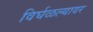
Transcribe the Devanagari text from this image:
विर्घळल्यावर